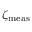
\zeta _ { \mathrm { { m e a s } } }